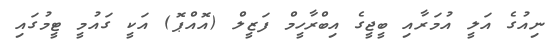
ނިއުގެ އަލީ އުމަރާއި ބީޖީގެ އިބްރާހީމް ފަޒީލް (އޮއްޕޮ) އަކީ ގައުމީ ޓީމުގައި